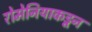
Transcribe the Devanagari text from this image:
रोमेनियाकडून